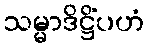
သမ္မာဒိဋ္ဌိံပဟံ